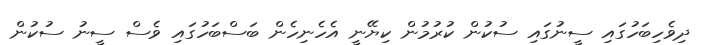
ދިވެހިބަހުގައި ސީނުގައި ސުކުން ކުރުމުން ކިޔޭނީ އެހެނިހެން ބަސްބަހުގައި ވެސް ސީނު ސުކުން